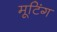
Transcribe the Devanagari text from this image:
मूटिंग